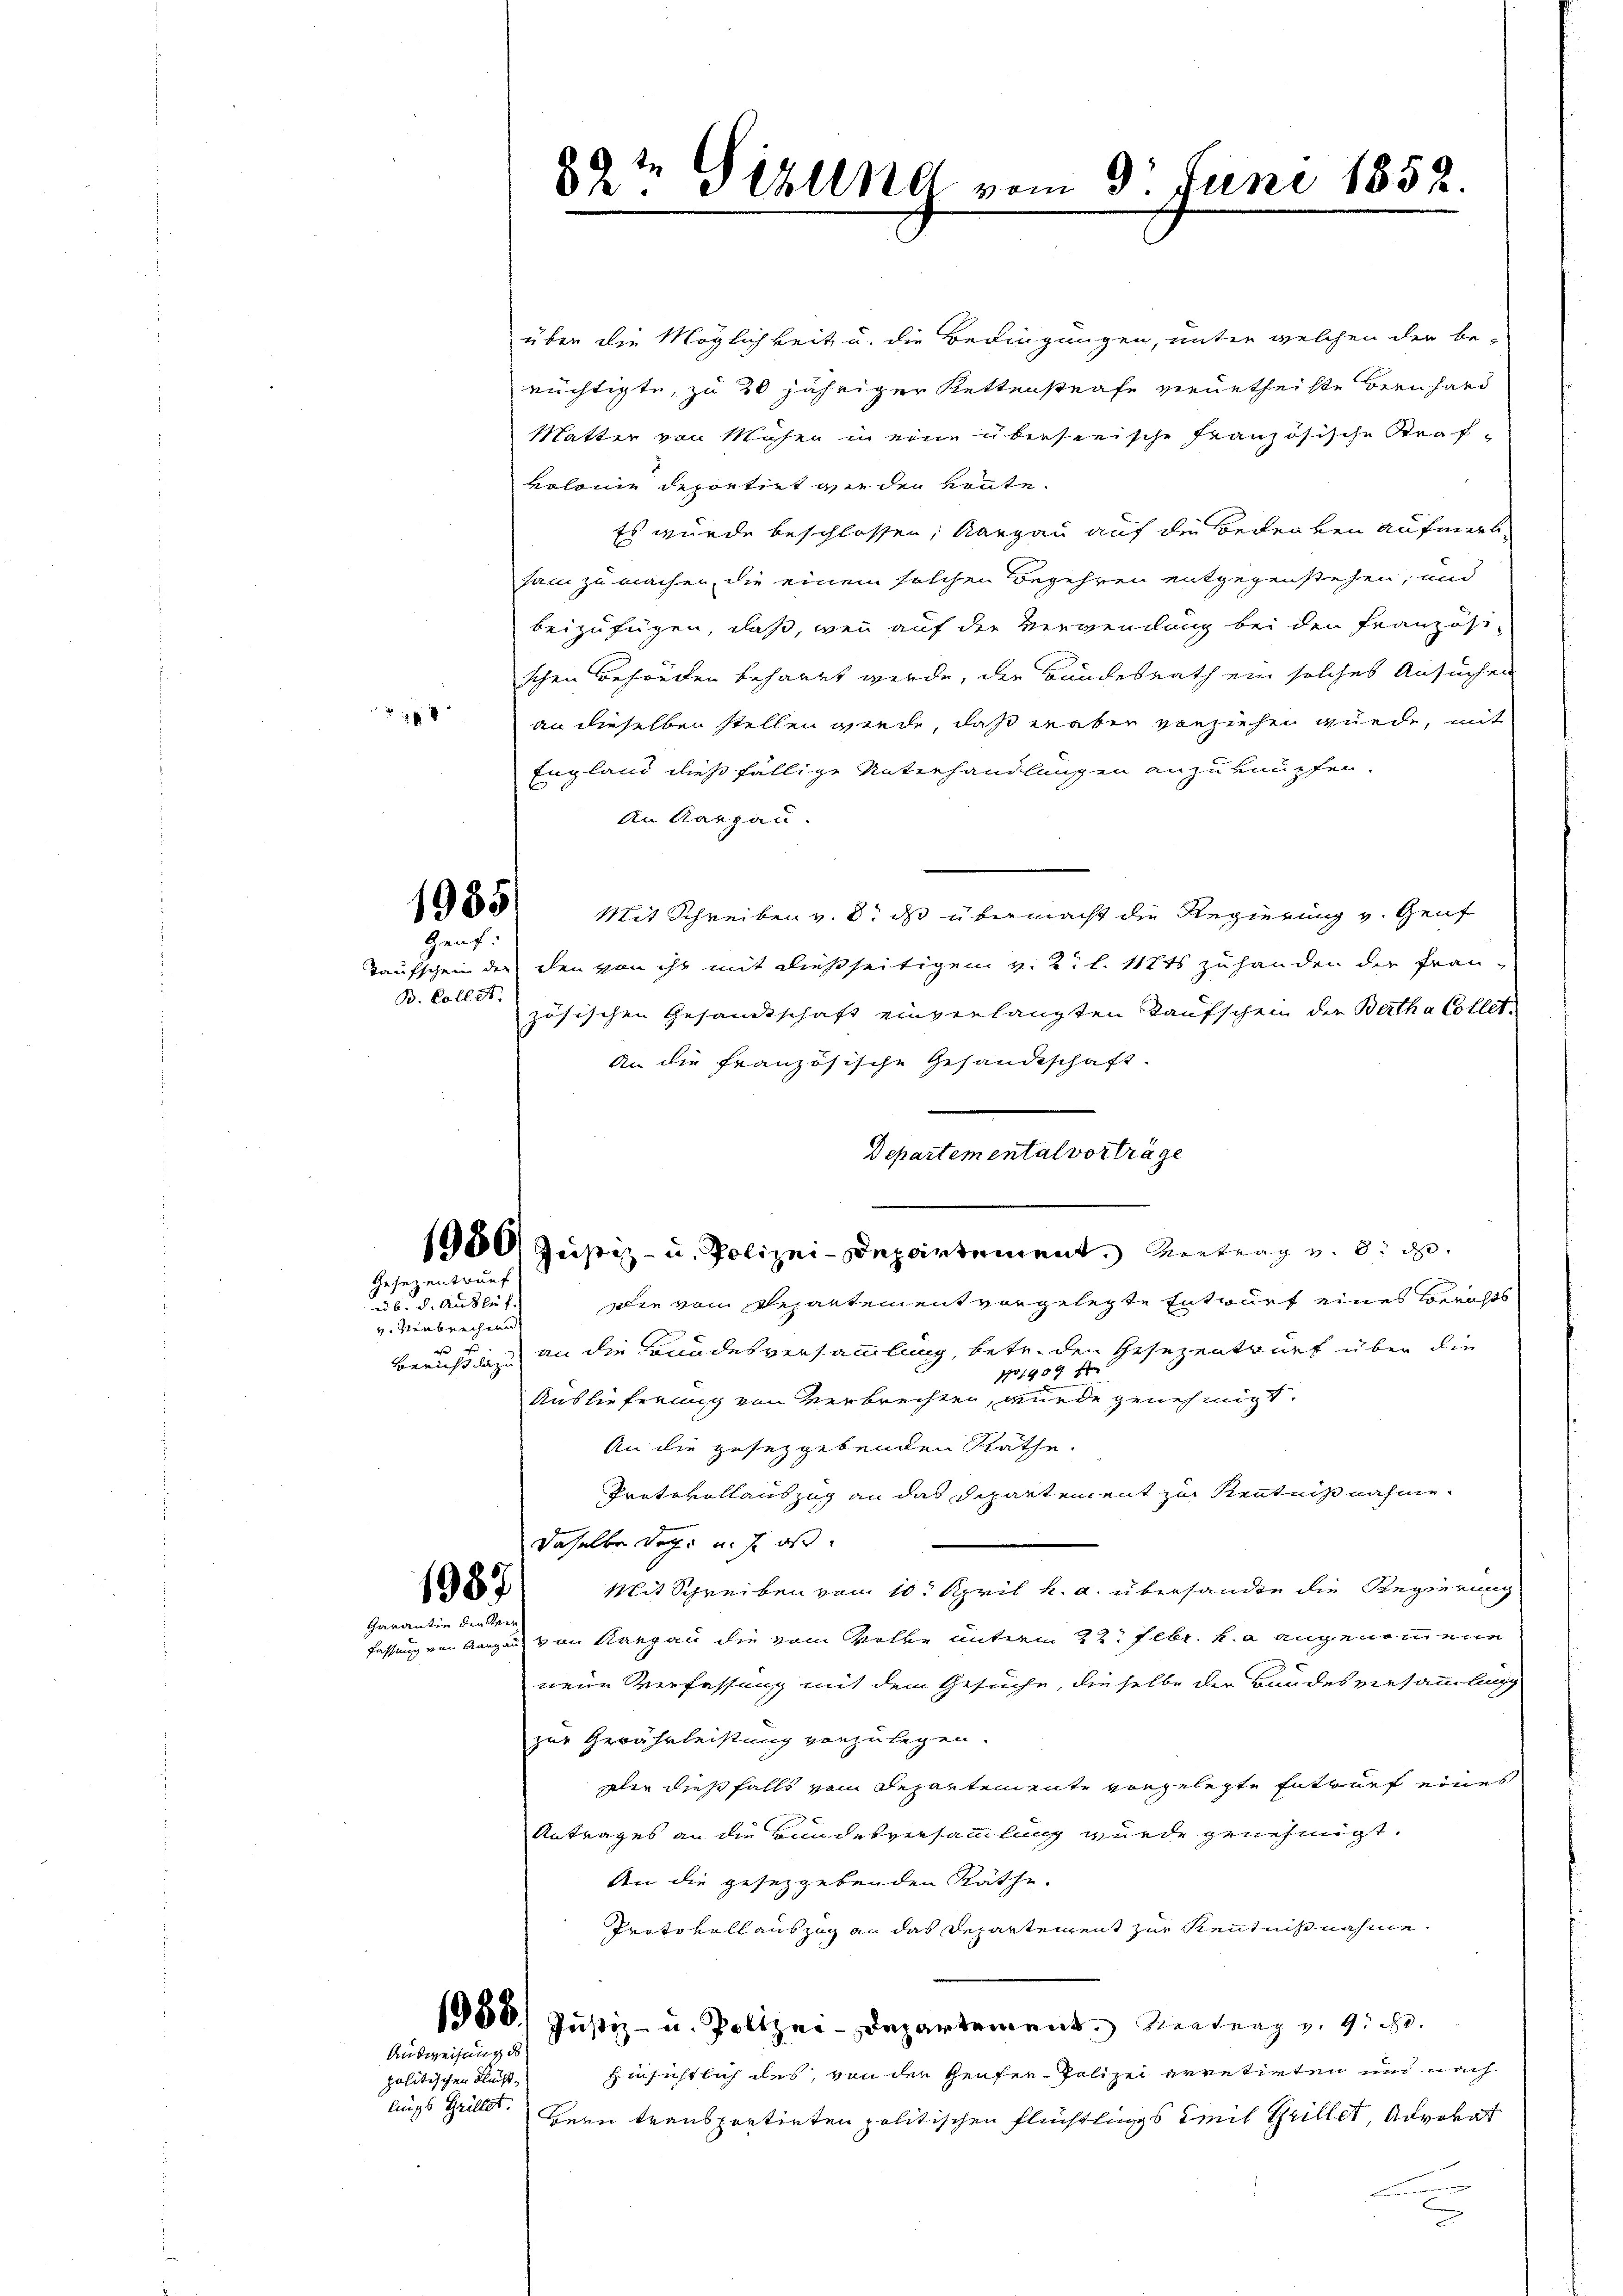
18

Genf.

B. Coll. A.

ub. d. Auslief
v. Verbrechend

politischen Flüchtlings Grillet.

89te Gebung vom 9. Juni 1858.

über die Möglichkeit u. die Bedingungen, unter welchen der be-
rüchtigte, zu 20 jähriger Kettenstrafe verurtheilte Bernhard
Matter von Mühen in eine überseeische Französische Strafkolonie deportirt werden könnte.
Es wurde beschlossen, Aargau auf die Bedenken aufmerksam zu machen, die einem solchen Begehren entgegenstehen, und
beizufügen, daß, wenn auf der Verwendung bei den Französi-
schen Behörden beharrt werde, der Bundesrath ein solches Ansuchen
an dieselben stellen werde, daß aber vorziehen wurde, mit
England dießfällige Unterhandlungen anzuknüpfen.
An Aargau.
88 Mit Schreiben v. 8. ds übermacht die Regierung v. Genf
Taufschein der den von ihr mit dießseitigen v. 2. l. 112ts zuhanden die Frauzösischen Gesandtschaft einverlangten Kaufschein der Berth a Collet.
An die französische Gesandtschaft.
Die vom Repartement vorgelegte Entwurf eines Berichts
Beruhin an die Bundesversammlung, betr. den Gesezentwurf über die
101459 f
Auslieferung von Verbrechten, wurde genehmigt.
An die gesetzgebenden Räthe.
Protokollauszug an das Departement zu Kenntnißnahme.
daselbe doch und so is
Mit Schreiben von 10. April h. a. übersandte die Regierung
fassung von Aargau von Aargau die vom Volke unterm 22. Febr. v. angenommene
neue Verfassung mit dem Gesuche, dieselbe der Bundesversammlung
zur Gewährleistung vorzulegen.
aler dießfalls vom Departemente vorgelegte Entwurf eines
Antrages an die Bundesversammlung wurde genehmigt.
An die gesetzgebenden Räthe.
Protokoll auszug an das Departeient zur Kenntnisnahme.
1956. Justiz- u. Polizei-Departement. Rentenz v. 9. d.
Hinsichtlich des, von der Genfer- Polizei arretirten und nach
Bern transportirten politischen Flüchtlings Zeit Grillet, Advokat
e

Gesezentruef

1987
Garantin der Ver

Ausweisung de

1900 Justiz- u. Polizei-Departement. Vertrag u. d. d.

Departemental vorträge